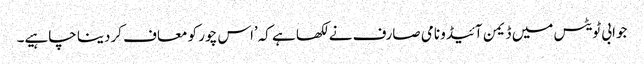
جوابی ٹویٹس میں ڈیمن آئیڈو نامی صارف نے لکھا ہے کہ’اس چور کو معاف کردینا چاہیے۔